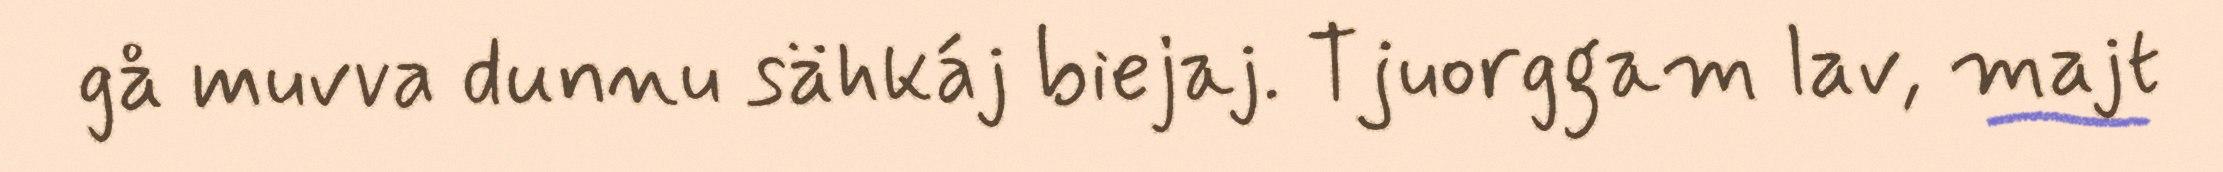
gå muvva dunnu sähkáj biejaj. Tjuorggam lav, majt